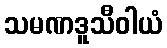
သမဏဒူသီဝါယံ